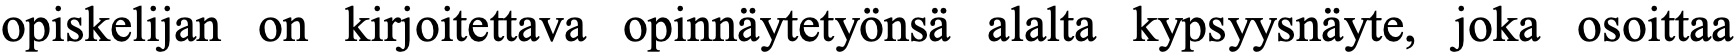
opiskelijan on kirjoitettava opinnäytetyönsä alalta kypsyysnäyte, joka osoittaa